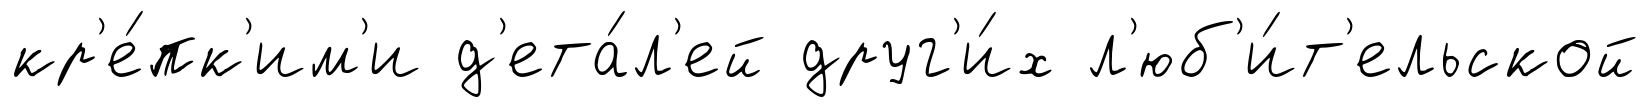
кр'е́пк'им'и д'ета́л'ей друг'и́х л'юб'и́т'ельской